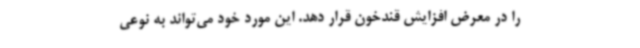
را در معرض افزایش قندخون قرار دهد. این مورد خود می‌تواند به نوعی